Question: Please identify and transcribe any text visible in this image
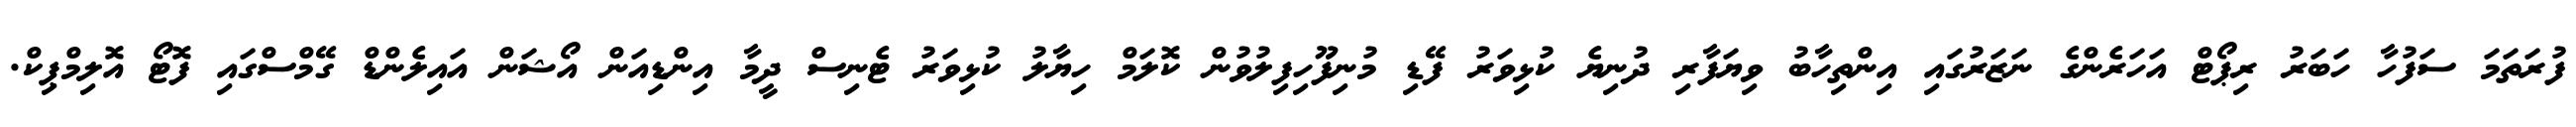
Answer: ފުރަތަމަ ސަފުހާ ހަބަރު ރިޕޯޓް އަހަރެންގެ ނަޒަރުގައި އިންތިހާބު ވިޔަފާރި ދުނިޔެ ކުޅިވަރު ފޭޑި މުނިފޫހިފިލުވުން ކޮލަމް ހިޔާލު ކުޅިވަރު ޓެނިސް ދީމާ އިންޑިއަން އޯޝަން އައިލެންޑް ގޭމްސްގައި ފޮޓޯ އޮލިމްޕިކް.